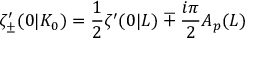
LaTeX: \zeta _ { \pm } ^ { \prime } ( 0 | K _ { 0 } ) = \frac { 1 } { 2 } \zeta ^ { \prime } ( 0 | L ) \mp \frac { i \pi } { 2 } A _ { p } ( L )